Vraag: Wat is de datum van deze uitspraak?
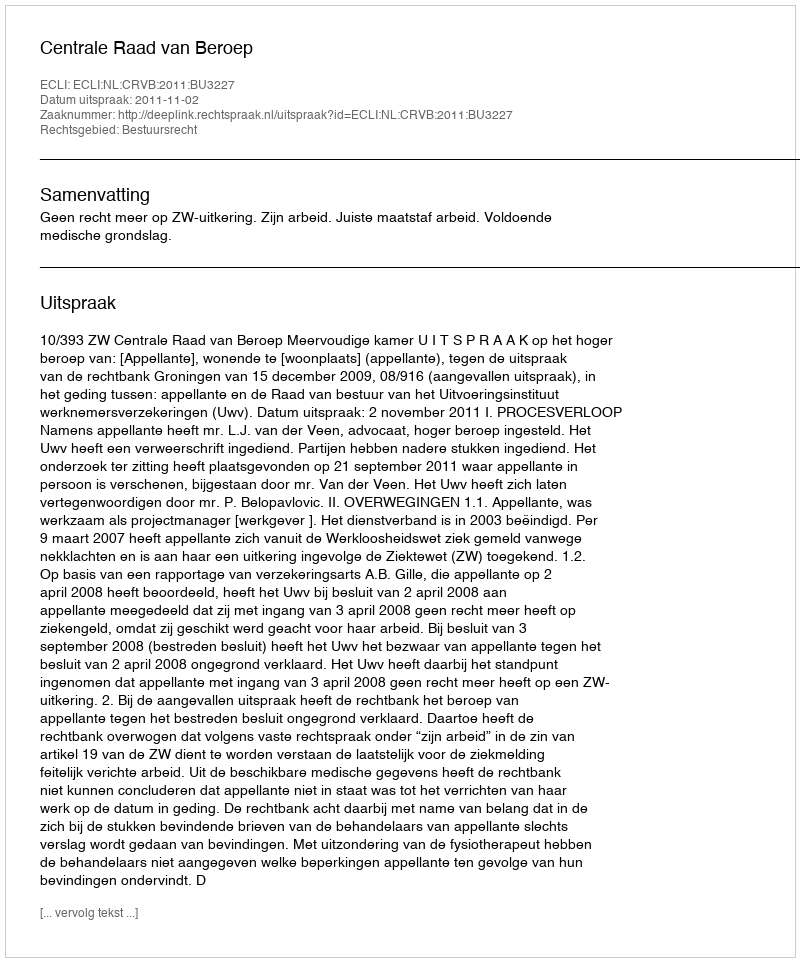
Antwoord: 2011-11-02